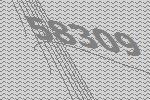
58309